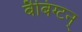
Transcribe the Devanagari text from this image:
बैबिंग्टन्